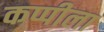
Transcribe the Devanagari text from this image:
कप्पीला